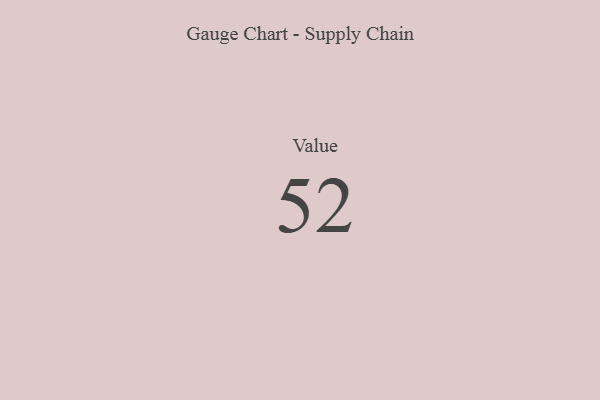
{"axis": {"x": "Metric", "y": "Value"}, "legend": [""], "data": [{"x": "Value", "y": 52, "type": ""}]}